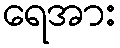
ရေအား